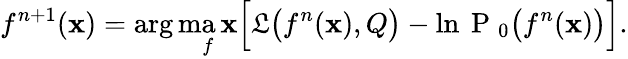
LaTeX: f^{n+1}(\mathbf{x})=\arg\operatorname*{ma\mathbf{x}}_{f}\Big[\mathfrak{{L}}\big(f^{n}(\mathbf{x}),Q\big)-\ln\mathrm{{~P~}}_{0}\big(f^{n}(\mathbf{x})\big)\Big].